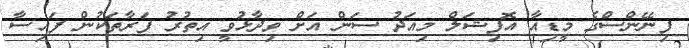
ފިނޭންސްގެ މީޑިއާ އޮފިޝަލް މިއަދު ސަން އަށް ވިދާޅުވީ އިތުރު ފަރާތަކުން ފައިސާ